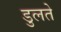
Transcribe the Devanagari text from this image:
डुलते